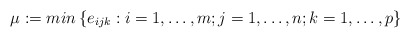
\begin{align*}\mu :=min\left\{ e_{ijk}:i=1,\mathellipsis ,m;j=1,\mathellipsis ,n;k=1,\mathellipsis ,p \right\}\end{align*}